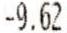
-9.62